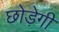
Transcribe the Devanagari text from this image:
छोड़ेगी